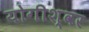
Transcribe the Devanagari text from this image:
योगीश्वर